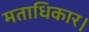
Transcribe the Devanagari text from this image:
मताधिकार।